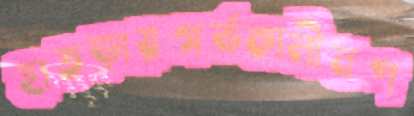
হাতড়ায়গর্ভকালীনপ